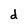
Character: d